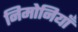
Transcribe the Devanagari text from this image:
निमोनियाँ